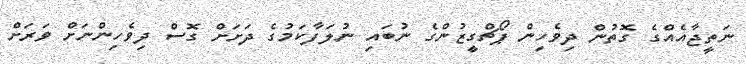
ނަތީޖާއެއްގެ ގޮތުން ދިވެހިން ޕޯޗްގީޒުންގެ ނުބައި ނުލަފާކަމުގެ ދަށަށް ގޮސް ދިވެހިންނަށް ވަރަށް